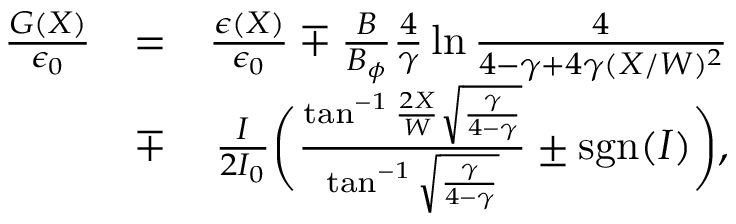
\begin{array} { r l r } { \frac { G ( X ) } { \epsilon _ { 0 } } } & { = } & { \frac { \epsilon ( X ) } { \epsilon _ { 0 } } \mp \frac { B } { B _ { \phi } } \frac { 4 } { \gamma } \ln \frac { 4 } { 4 - \gamma + 4 \gamma ( X / W ) ^ { 2 } } } \\ & { \mp } & { \frac { I } { 2 I _ { 0 } } \biggl ( \frac { \tan ^ { - 1 } \frac { 2 X } { W } \sqrt { \frac { \gamma } { 4 - \gamma } } } { \tan ^ { - 1 } \sqrt { \frac { \gamma } { 4 - \gamma } } } \pm \mathrm { s g n } ( I ) \biggr ) , } \end{array}